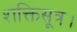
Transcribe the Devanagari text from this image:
शक्तिसूत्र।